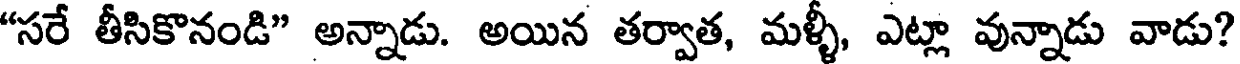
"సరే తీసికొనండి" అన్నాడు. అయిన తర్వాత, మళ్ళీ, ఎట్లా వున్నాడు వాడు?